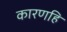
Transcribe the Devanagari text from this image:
कारणहि